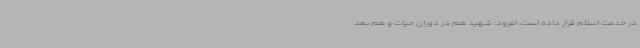
در خدمت اسلام قرار داده است، افزود: شهید هم در دوران حیات و هم بعد